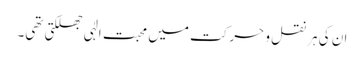
ان کی ہر نقل و حرکت میں محبت الٰہی جھلکتی تھی۔